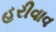
હરીવાવ